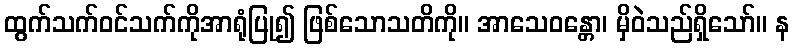
ထွက်သက်ဝင်သက်ကိုအာရုံပြု၍ ဖြစ်သောသတိကို။ အာသေဝန္တော၊ မှိဝဲသည်ရှိသော်။ န